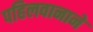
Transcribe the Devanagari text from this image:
पहिलवानाने